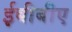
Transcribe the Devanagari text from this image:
ईबीबीए